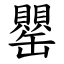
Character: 罌